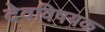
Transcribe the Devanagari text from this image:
देवविषयक